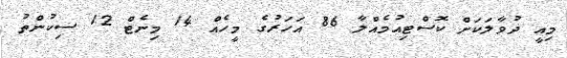
މިއީ ދުވާލަކަށް ކޮސްޓިއުމެއްލާ 86 އަހަރުގެ މީހެއް 14 މިނެޓް 12 ސިކުންތު